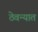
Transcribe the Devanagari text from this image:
ठेवन्यात